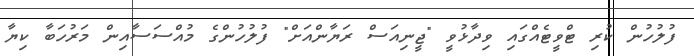
ފުލުހުން ކުރި ޓްވީޓެއްގައި ވިދާޅުވީ "ޖީނިއަސް ރަޔާންއަށް" ފުލުހުންގެ މުއްސަސާއިން މަރުހަބާ ކިޔާ